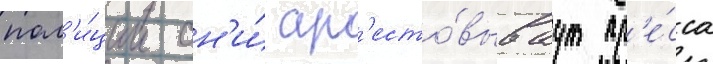
пол'и́ции он'и́ ар'есто́вываут пр'е́сса